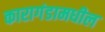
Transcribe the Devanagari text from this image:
कारागंडामधील